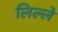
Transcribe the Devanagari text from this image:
लिल्ले